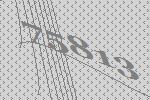
75813